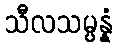
သီလသမ္ပန္နံ